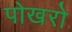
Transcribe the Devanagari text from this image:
पोखरो